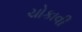
ચોકાવી